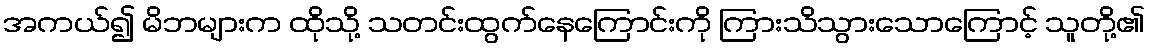
အကယ်၍ မိဘများက ထိုသို့ သတင်းထွက်နေကြောင်းကို ကြားသိသွားသောကြောင့် သူတို့၏